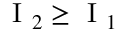
\mathrm { ~ I ~ } _ { 2 } \geq \mathrm { ~ I ~ } _ { 1 }